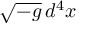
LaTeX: { \sqrt { - g } } \, d ^ { 4 } x